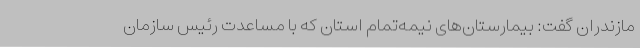
مازندران گفت: بیمارستان‌های نیمه‌تمام استان که با مساعدت رئیس سازمان